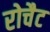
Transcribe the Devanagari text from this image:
रोचैट